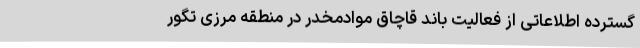
گسترده اطلاعاتی از فعالیت باند قاچاق موادمخدر در منطقه مرزی تگور